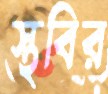
স্থবির